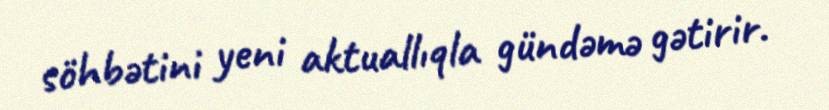
söhbətini yeni aktuallıqla gündəmə gətirir.